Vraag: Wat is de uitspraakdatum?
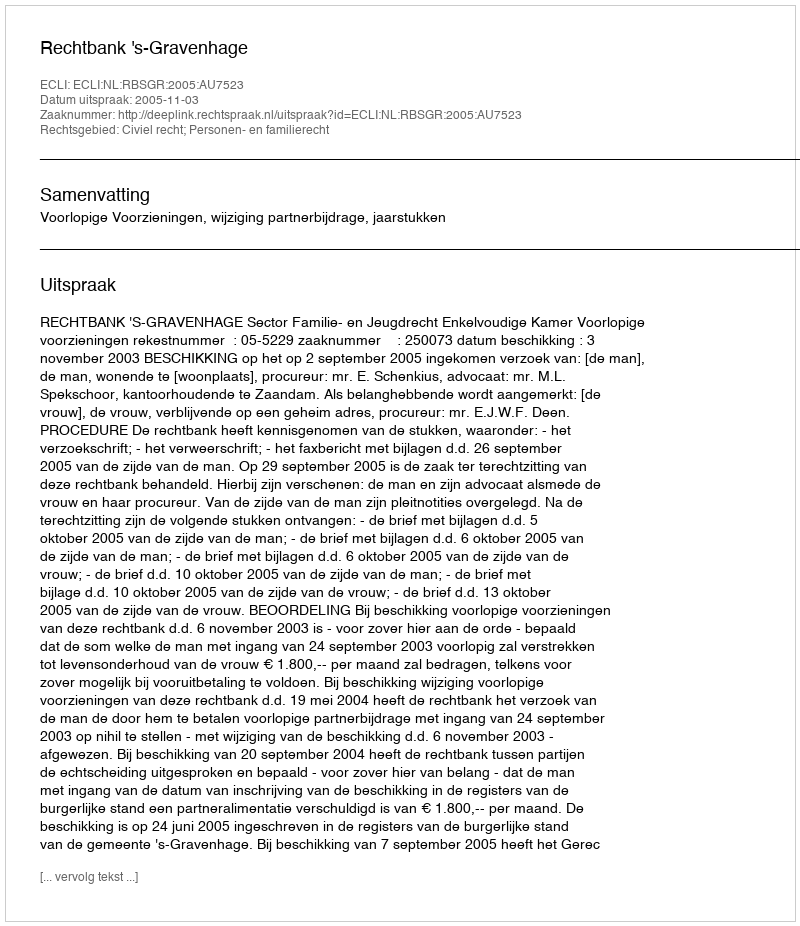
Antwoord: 2005-11-03